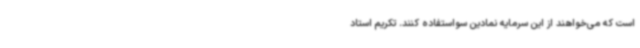
است که می‌خواهند از این سرمایه نمادین سو‌استفاده کنند. تکریم استاد